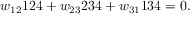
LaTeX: w _ { 1 2 } \d 1 2 4 + w _ { 2 3 } \d 2 3 4 + w _ { 3 1 } \d 1 3 4 = 0 .